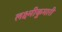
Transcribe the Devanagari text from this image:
लक्ष्मीकुमारी